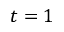
t = 1